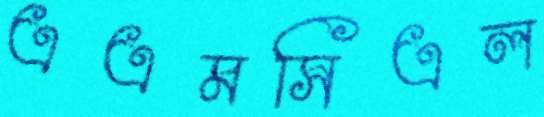
এএমসিএল